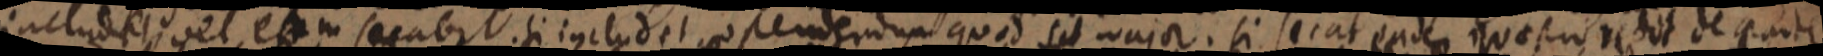
includet, vel etam secabit. si includ et, ostendendum quod sit major. si secat eade quae pro redit de parte